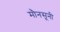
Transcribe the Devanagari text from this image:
मौनसूनी